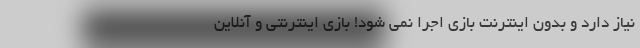
نیاز دارد و بدون اینترنت بازی اجرا نمی شود! بازی اینترنتی و آنلاین